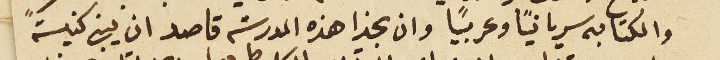
والكتابه سريانياً وعربياً وان يجيزا هذه المدرسة قاصد ان يبنى كنيسةً